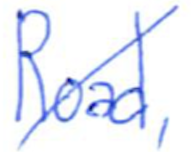
Text: Road,
Cross-out: diagonal
Writing tool: ballpoint